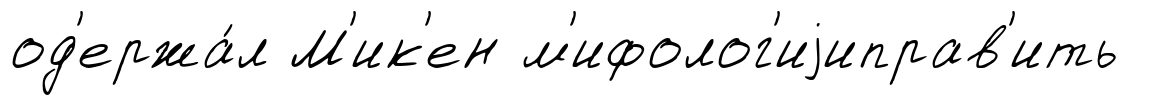
од'ержа́л М'ик'ен м'ифолог'иjиправ'ить